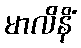
မာလိနိံ